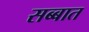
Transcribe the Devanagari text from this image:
सब्बात